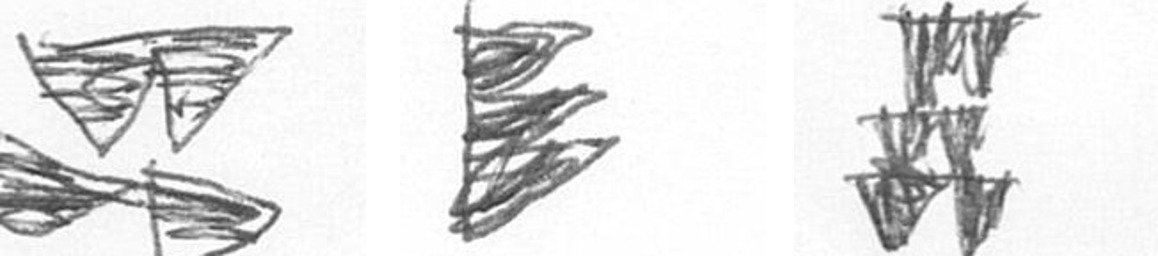
B H Y